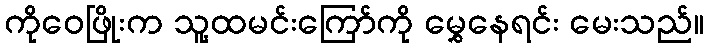
ကိုဝေဖြိုးက သူ့ထမင်းကြော်ကို မွှေနေရင်း မေးသည်။